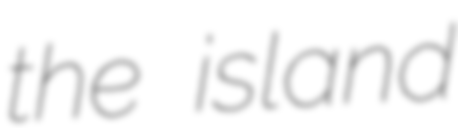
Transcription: the island